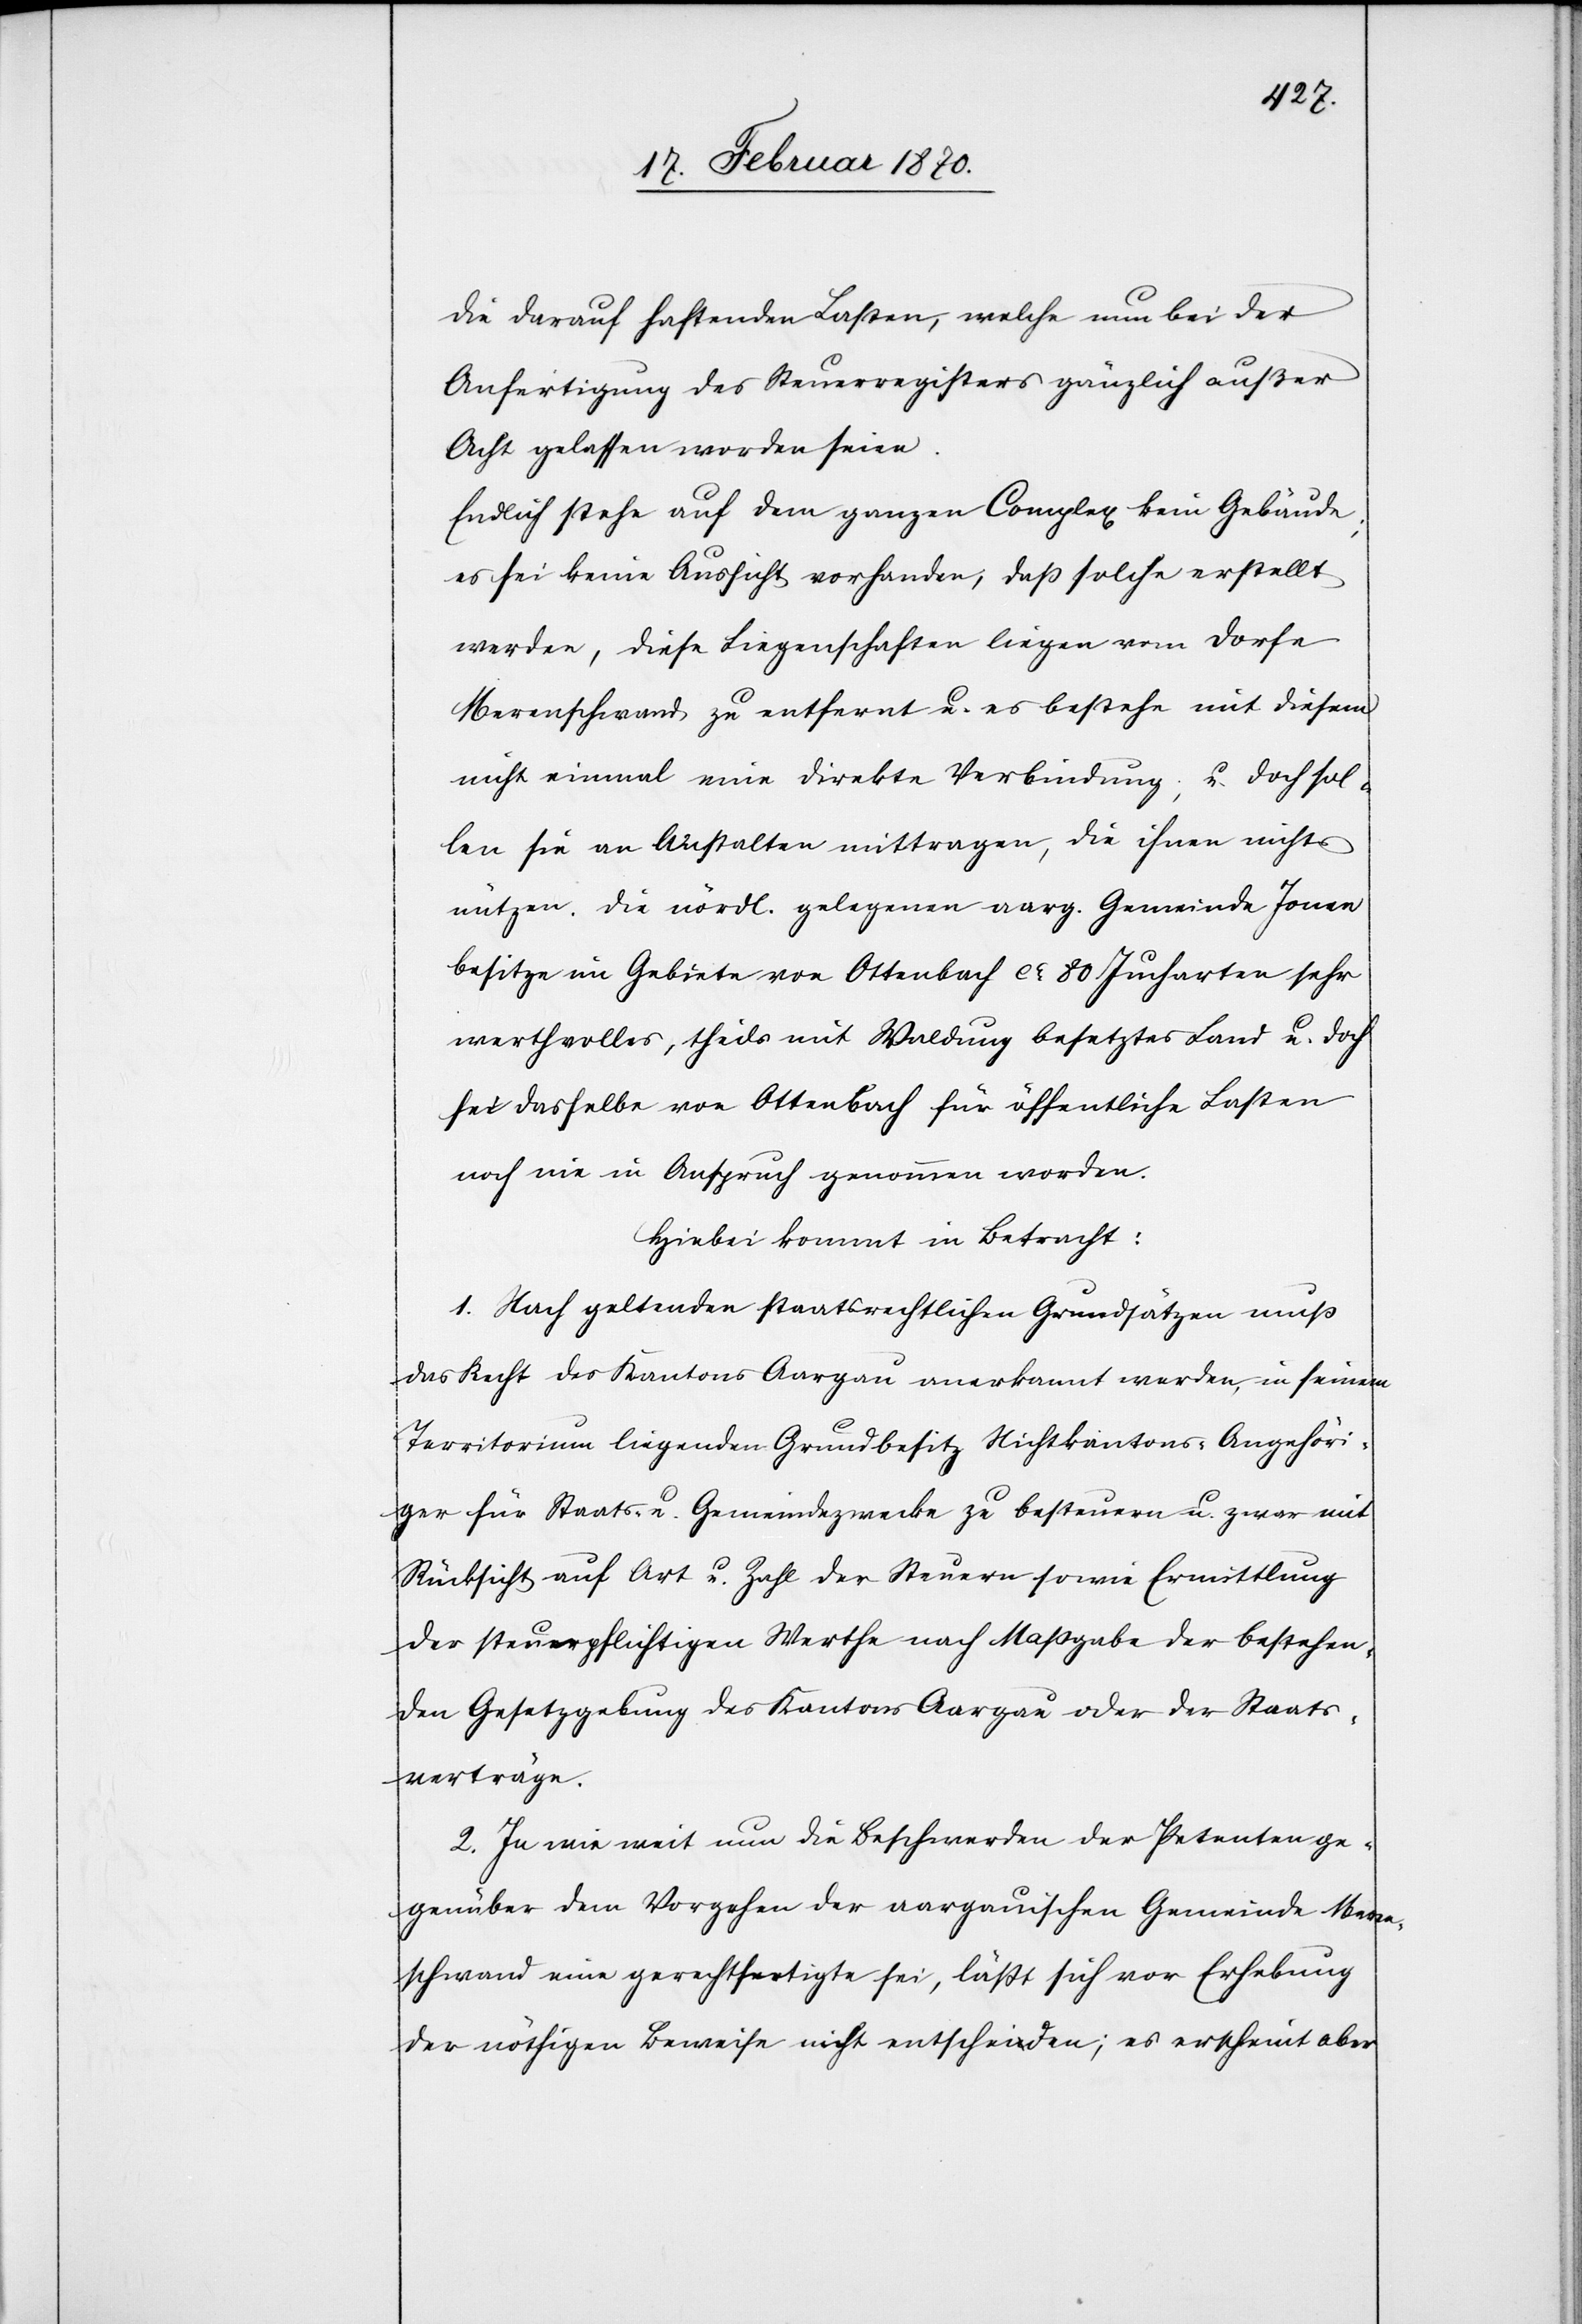
die darauf haftenden Lasten, welche nun bei der
Anfertigung des Steuerregisters gänzlich außer
Acht gelassen worden seien.
Endlich stehe auf dem ganzen Complex kein Gebäude;
es sei keine Aussicht vorhanden, dass solche erstellt
werden, diese Liegenschaften liegen vom Dorfe
Merenschwand zu entfernt u. es bestehe mit diesem
nicht einmal eine direkte Verbindung; u. doch sol¬
len sie an Anstalten mittragen, die ihnen nichts
nützen. Die nördl. gelegenen [sic!] aarg. Gemeinde Jonen
besitze im Gebiete von Ottenbach ca 80 Jucharten sehr
werthvolles, theils mit Waldung besetztes Land u. doch
sei dasselbe von Ottenbach für öffentliche Lasten
noch nie in Anspruch genommen worden.
Hiebei kommt in Betracht:
1. Nach geltenden staatsrechtlichen Grundsätzen muss
das Recht des Kantons Aargau anerkannt werden, in seinem
Territorium liegenden Grundbesitz Nichtkantons-Angehöri¬
ger für Staats- u. Gemeindezwecke zu besteuern u. zwar mit
Rücksicht auf Art. u. Zahl der Steuern sowie Ermittlung
der steuerpflichtigen Werthe nach Massgabe der bestehen¬
den Gesetzgebung des Kantons Aargau oder der Staats¬
verträge.
2. In wie weit nun die Beschwerden der Petenten ge¬
genüber dem Vorgehen der aargauischen Gemeinde Meren¬
schwand eine gerechtfertigte sei, lässt sich vor Erhebung
der nöthigen Beweise nicht entscheiden; es erscheint aber